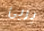
بريئ